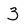
Character: 3